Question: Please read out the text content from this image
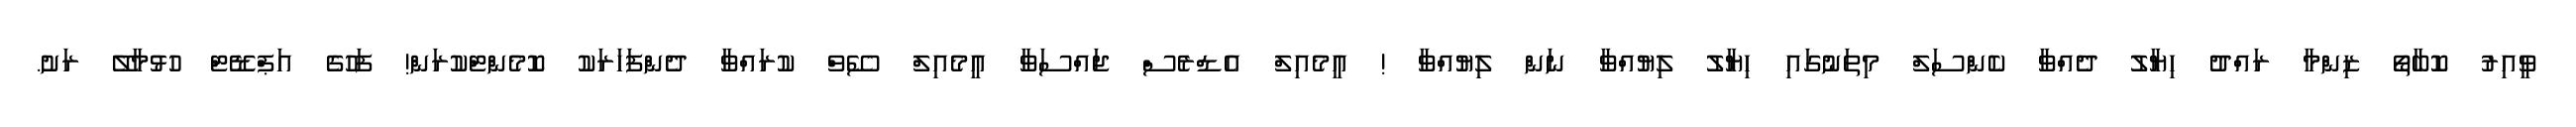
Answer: ވީއިރު ކޮބާތޯ ޒިންމާ ރައްދު ހިޔާލު ދެއްވާ ކެންސަލް މިތަނުގައި ހިޔާލު ލިޔުއްވާ ނަން ލިޔުއްވާ ! އީމެއިލް އެޑްރެސް ޖައްސަވާ އީމެއިލް ސޭވް ކުރައްވާ ދެންފަހަރަކު ކޮމެންޓްކުރަން! ފަހުގެ އަޕްޑޭޓް ހުޅުމާލޭ ރަށު.